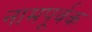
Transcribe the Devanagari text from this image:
नामपूर्वक